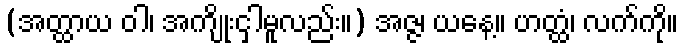
(အတ္ထာယ ဝါ၊ အကျိုးငှါမူလည်း။) အဇ္ဇ၊ ယနေ့။ ဟတ္ထံ၊ လက်ကို။